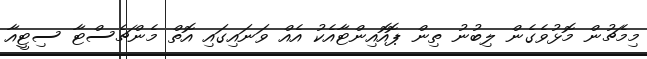
މިމެޗުން މޮޅުވެގެން ލިބުނު ތިން ޕޮއޮއިންޓާއެކު އެއް ވަނައިގައި އޮތް މެންޗެސްޓާ ސިޓީއާ